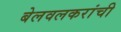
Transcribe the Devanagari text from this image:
बेलवलकरांची